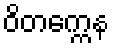
ဝိတက္ကေန